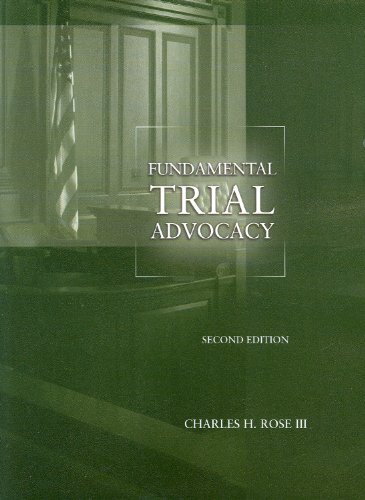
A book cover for Fundamental Trial Advocacy (American Casebook Series); Charles Rose III; Law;